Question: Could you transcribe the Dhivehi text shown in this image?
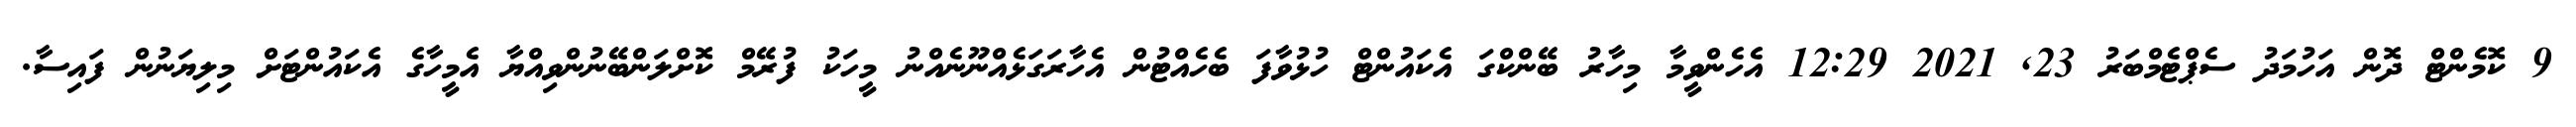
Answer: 9 ކޮމެންޓް ދޮން އަހުމަދު ސެޕްޓެމްބަރު 23, 2021 12:29 އެހެންވީމާ މިހާރު ބޭންކްގަ އެކައުންޓް ހުޅުވާފަ ބެހެއްޓުން އެހާރަގަޅެއްނޫނެއްނު މީހަކު ފުރޭމް ކޮށްލަންބޭނުންވިއްޔާ އެމީހާގެ އެކައުންޓަށް މިލިޔަނުން ފައިސާ.